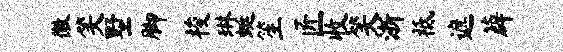
徽笑墅脚梭琳蜓笙匠收笑浙祗遮薜